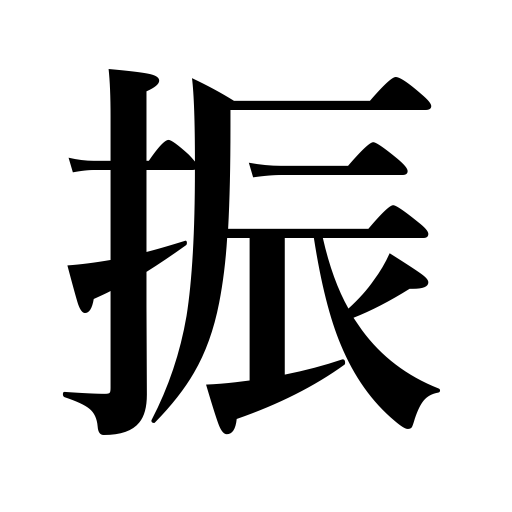
Meanings: wag,attach,swing,be invigorated,flourish,jilt,oscillate,wave,lean toward,sprinkle,be spirited,brandish,tend,deflect,wield,shake,reject,allot